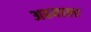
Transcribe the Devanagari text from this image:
अढयाला